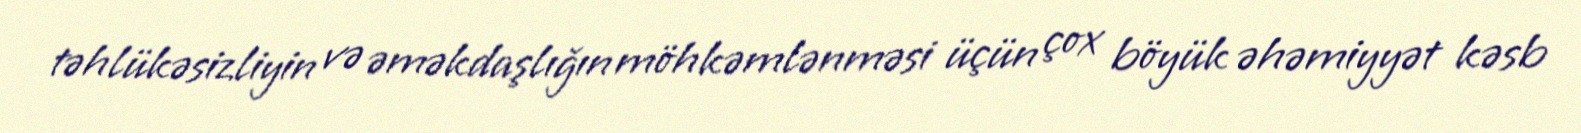
təhlükəsizliyin və əməkdaşlığın möhkəmlənməsi üçün çox böyük əhəmiyyət kəsb